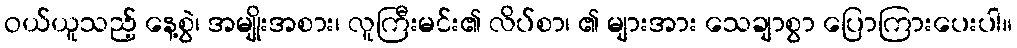
ဝယ်ယူသည့် နေ့စွဲ၊ အမျိုးအစား၊ လူကြီးမင်း၏ လိပ်စာ၊ ၏ များအား သေချာစွာ ပြောကြားပေးပါ။